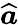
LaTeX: \widehat{\boldsymbol{a}}